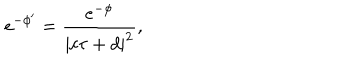
LaTeX: e ^ { - \phi ^ { \prime } } = \frac { e ^ { - \phi } } { | c \tau + d | ^ { 2 } } ,